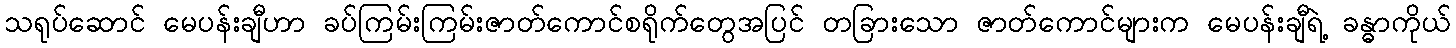
သရုပ်ဆောင် မေပန်းချီဟာ ခပ်ကြမ်းကြမ်းဇာတ်ကောင်စရိုက်တွေအပြင် တခြားသော ဇာတ်ကောင်များက မေပန်းချီရဲ့ ခန္ဓာကိုယ်